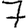
Digit: 7